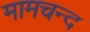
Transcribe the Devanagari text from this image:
मामचन्द